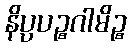
နိပ္ပပဉ္စဂါမိဉ္စ